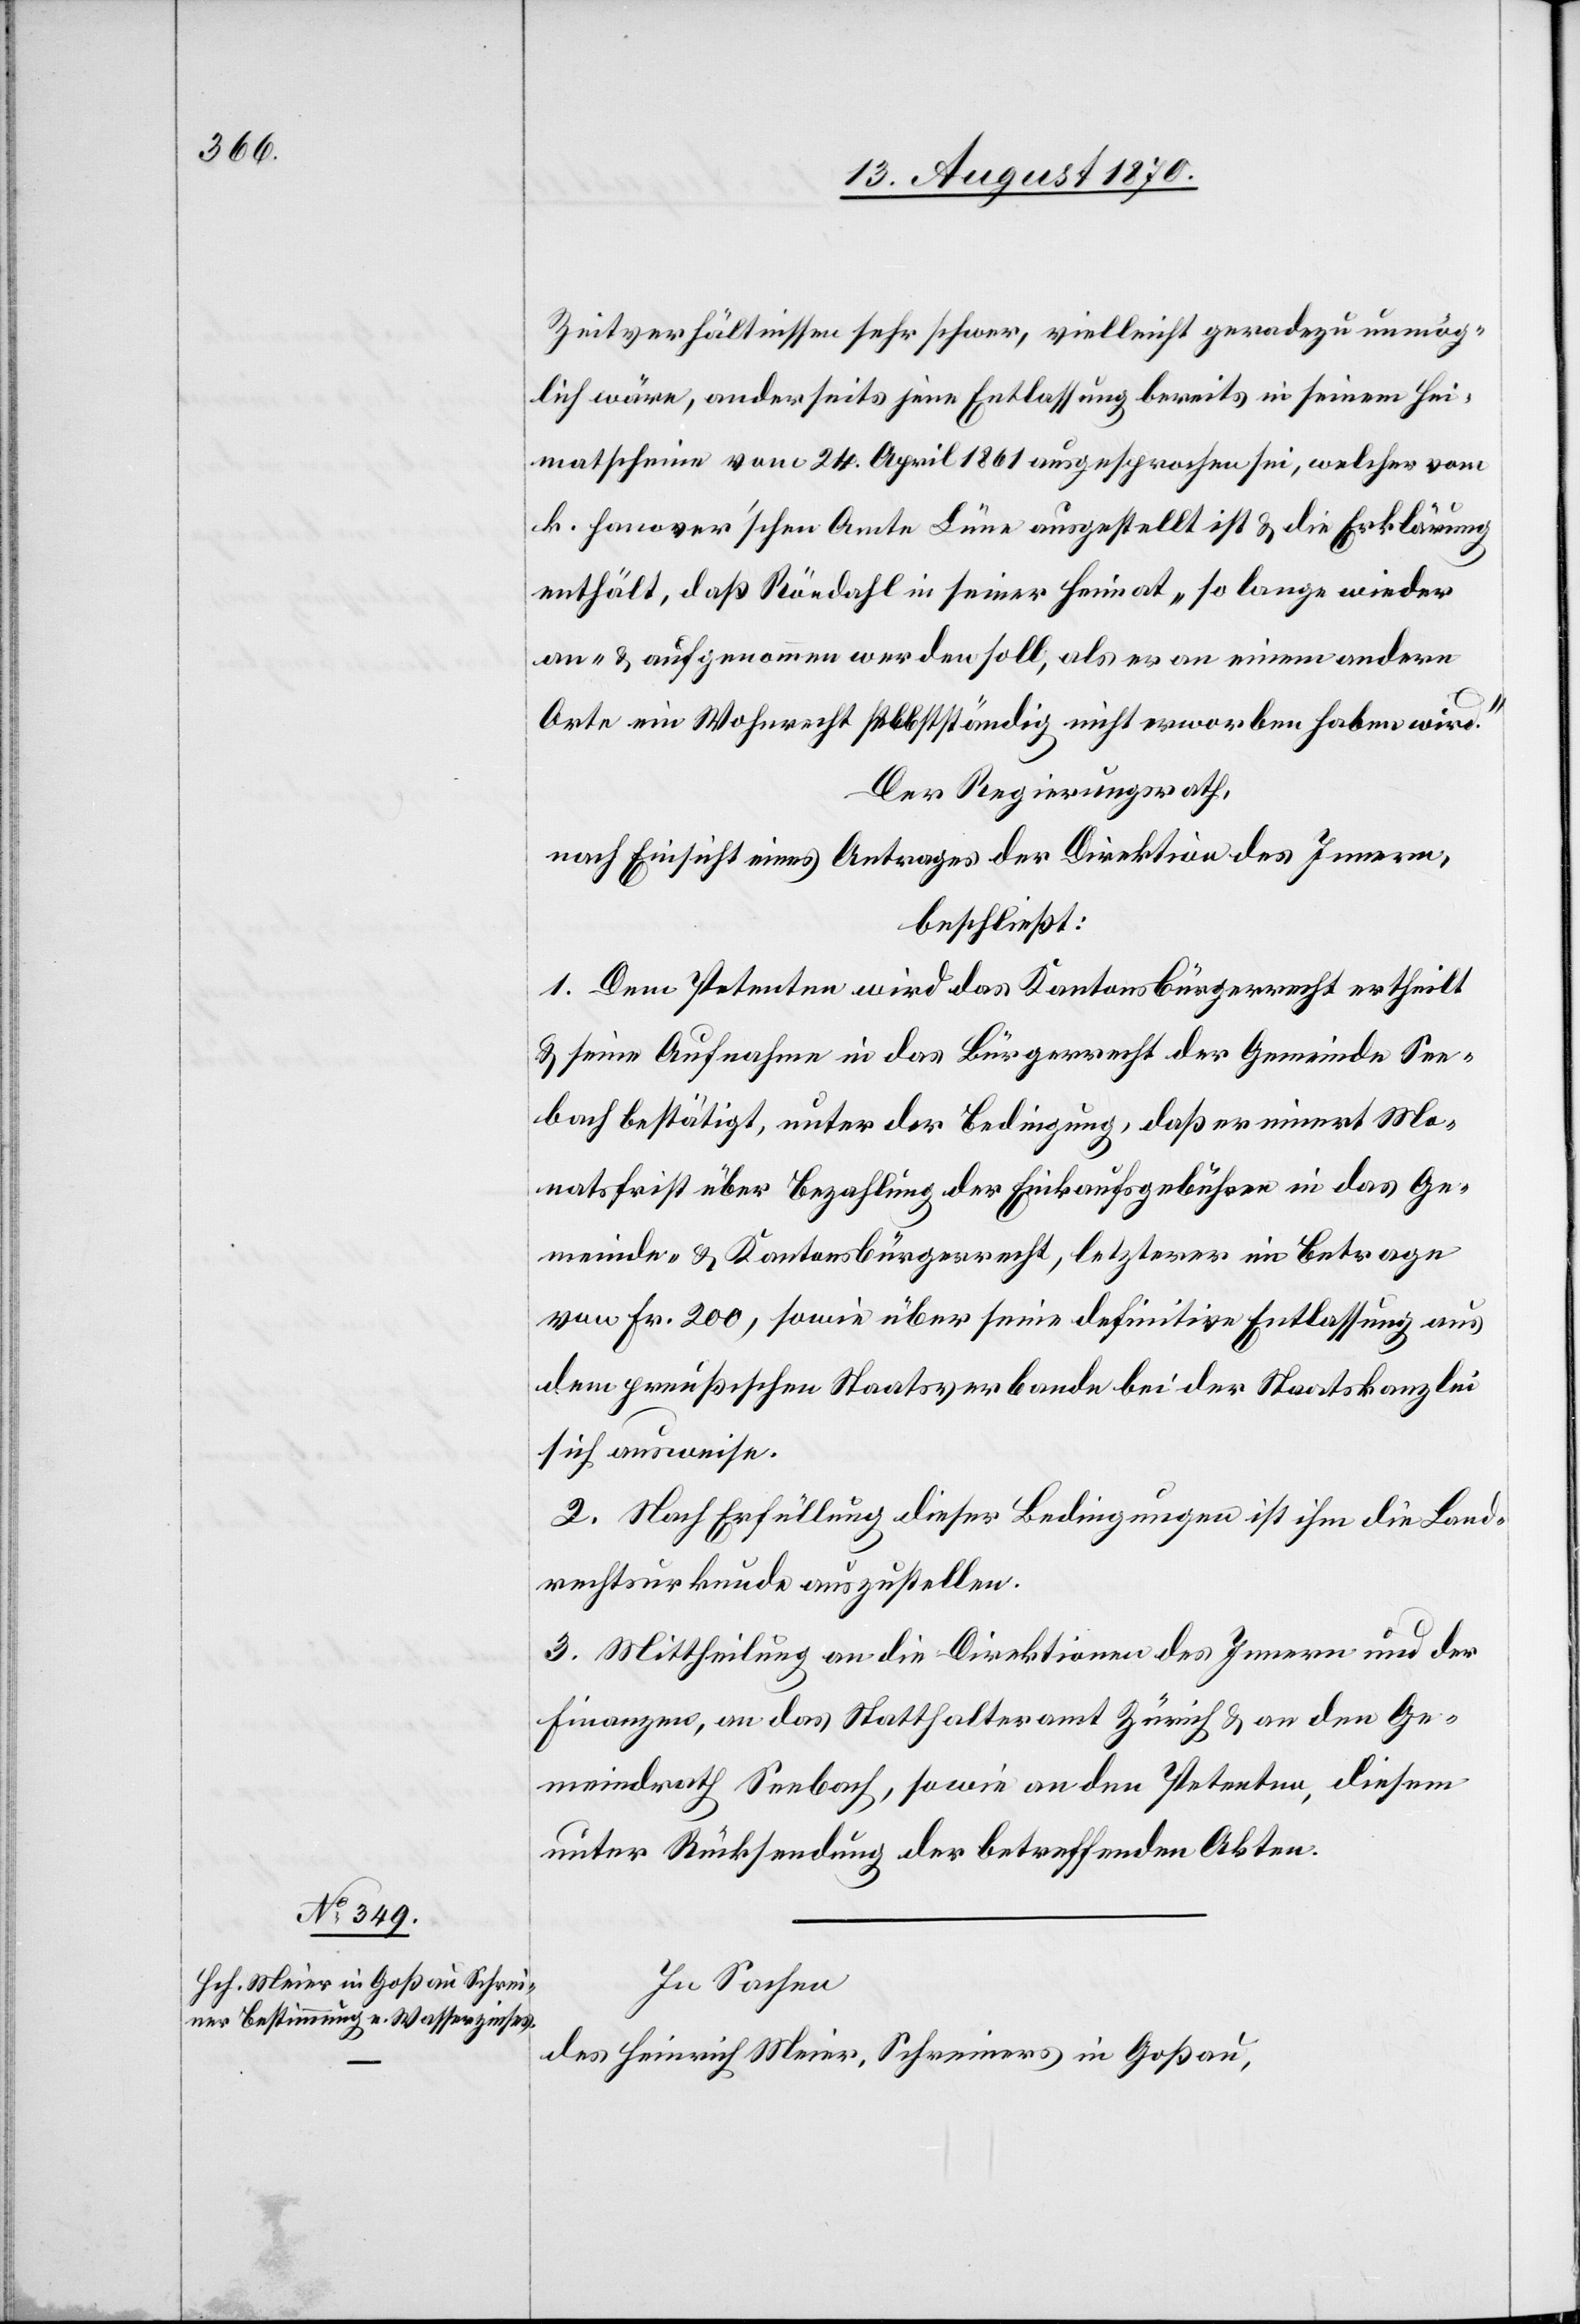
In Sachen
des Heinrich Meier, Schreiners in Goßau,